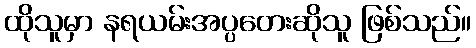
ထိုသူမှာ နရယမ်းအပ္ပတေးဆိုသူ ဖြစ်သည်။